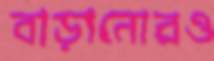
বাড়ানোরও